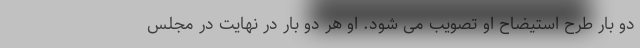
دو بار طرح استیضاح او تصویب می شود. او هر دو بار در نهایت در مجلس